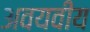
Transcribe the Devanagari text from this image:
अवयवीय